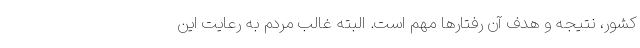
کشور، نتیجه و هدف آن رفتارها مهم است. البته غالب مردم به رعایت این